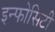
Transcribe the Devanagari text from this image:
इन्फोसिटी